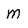
Character: m